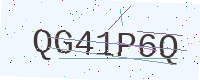
Text: QG41P6Q